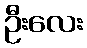
ဦးလေး